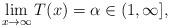
LaTeX: \begin{align*}\lim_{x\rightarrow \infty}T(x)=\alpha\in(1, \infty],\end{align*}